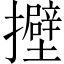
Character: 𢸵